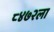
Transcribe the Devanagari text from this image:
८४७२ला